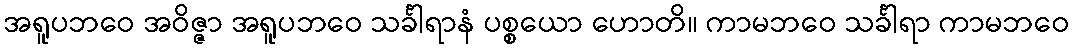
အရူပဘဝေ အဝိဇ္ဇာ အရူပဘဝေ သင်္ခါရာနံ ပစ္စယော ဟောတိ။ ကာမဘဝေ သင်္ခါရာ ကာမဘဝေ